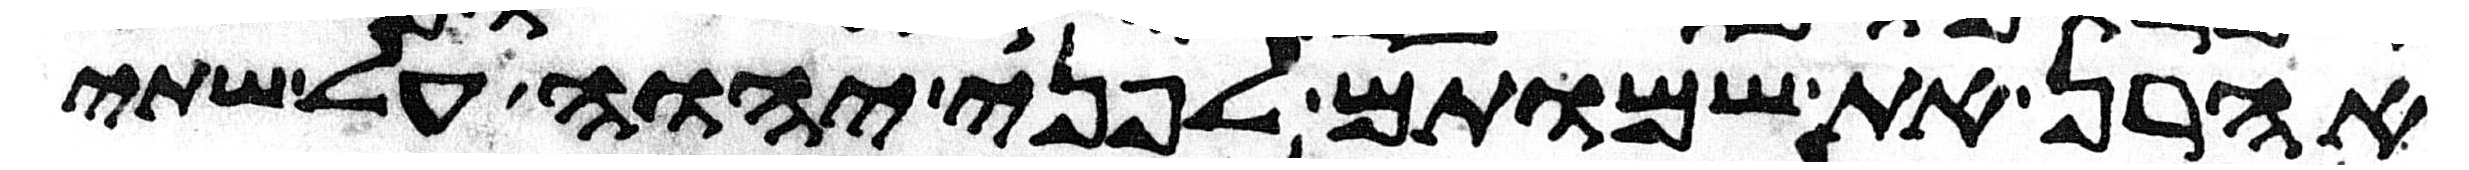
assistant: אהרן את שמותם לפני יהוה על שתי